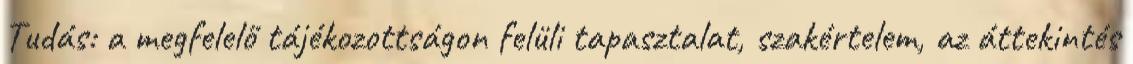
Tudás: a megfelelő tájékozottságon felüli tapasztalat, szakértelem, az áttekintés